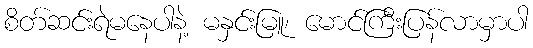
စိတ်ဆင်းရဲမနေပါနဲ့ မနှင်းမြူ၊ မောင်ကြီးပြန်လာမှာပါ